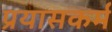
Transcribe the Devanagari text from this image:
प्रयासकर्म